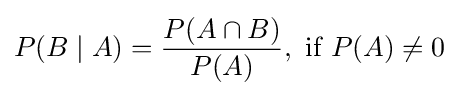
P(B\mid A)={\frac {P(A\cap B)}{P(A)}},{\text{ if }}P(A)\neq 0